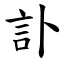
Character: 訃